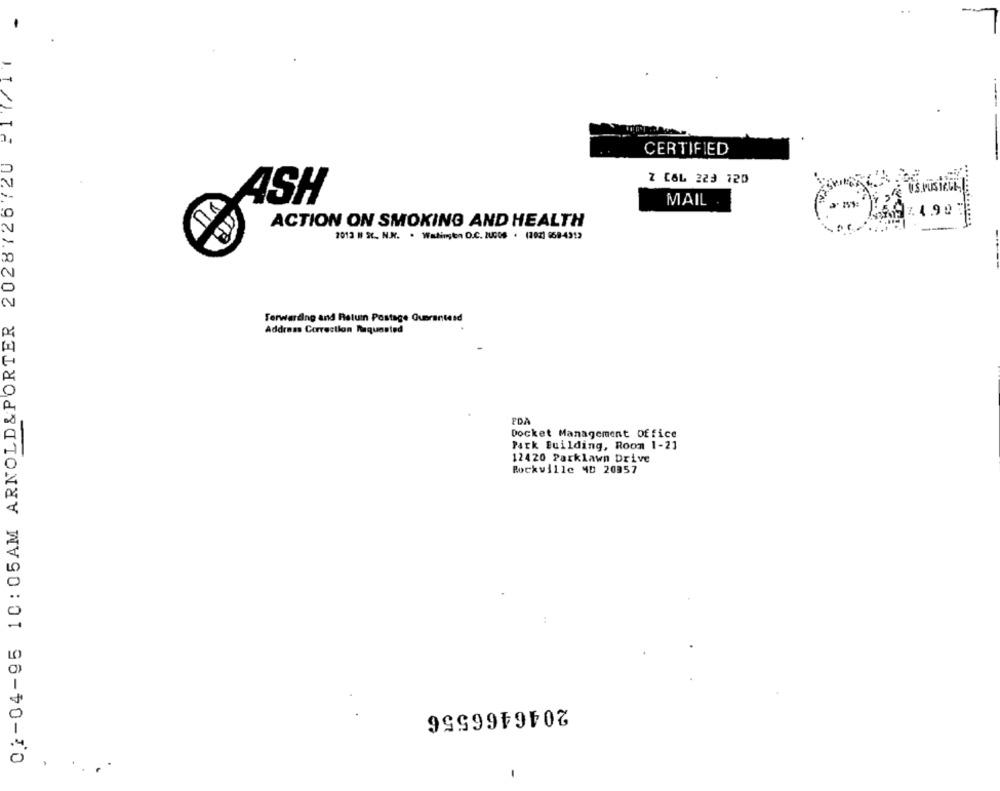
02-04-95 10:05AM ARNOLD&PORTER 2028726720 P17/11
CERTIFIED
Z COL 223 120
ASH
MAIL .
ACTION ON SMOKING AND HEALTH
2013 1 St. N.K. · Washington D.C. 2UGOS . (2023 668-431)
Terwarding and Return Postage Guerantesd
Address Correction Requested
FDA
Docket Management Office
Park Building, Room 1-21
12420 Parklawn Drive
Rockville 4D 20957
2046466556